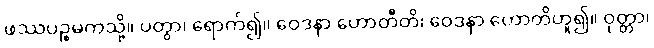
ဖဿပဉ္စမကသို့။ ပတွာ၊ ရောက်၍။ ဝေဒနာ ဟောတီတိ၊ ဝေဒနာ ဟောတိဟူ၍။ ဝုတ္တာ၊